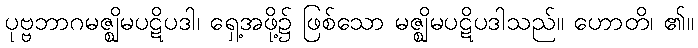
ပုဗ္ဗဘာဂမဇ္ဈိမပဋိပဒါ၊ ရှေ့အဖို့၌ ဖြစ်သော မဇ္ဈိမပဋိပဒါသည်။ ဟောတိ၊ ၏။